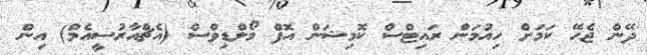
ދޭން ޖެހޭ ކަމަށް ހިއުމަން ރައިޓްސް ކޮމިޝަން އޮފް މޯލްޑިވްސް (އެޗްއާރުސީއެމް) އިން